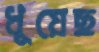
ধুয়েছ